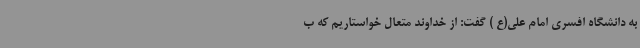
به دانشگاه افسری امام علی(ع ) گفت: از خداوند متعال خواستاریم که ب